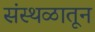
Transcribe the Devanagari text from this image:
संस्थळातून